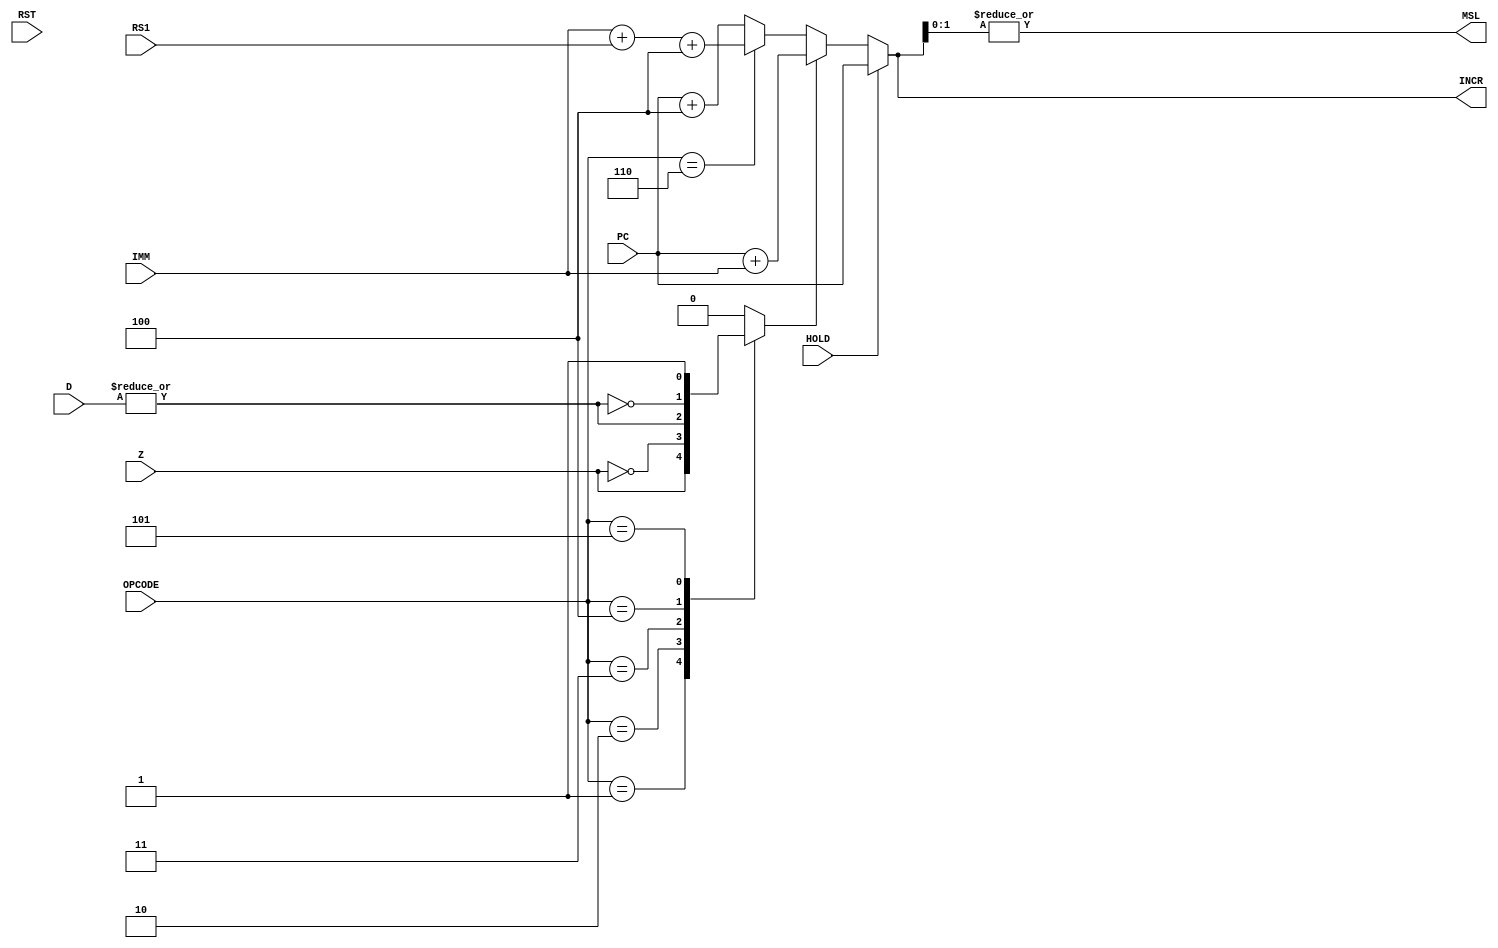
`timescale 1ns / 1ps

module BranchLogic(IMM,RS1,PC,HOLD,D,Z,RST,OPCODE,INCR,MSL);
	
	parameter ZER = 1;
	parameter NZR = 2;
	parameter DAT = 3;
	parameter NDT = 4;
	parameter JLI = 5;
	parameter JLR = 6;
	
	input [31:0] IMM, PC, D, RS1;
   input [2:0] OPCODE;
   input Z, RST, HOLD;
   output reg [31:0] INCR;
	output MSL; // Address misaligned
	reg ADD_IMMEDIATE;
	wire DATA_NULL, ADD_REGISTER;
		
	/*
		Unconditional jumps: separate opcode.
		To create branch instructions using this and the ALU:
		1. BEQ - SUB A,B, x0; Take zero flag output;
		2. BNE - SUB A,B, x0; Invert zero flag output;
		3. BLT - SLT A,B, x0; Reduce ALU output;
		4. BLTU- SLU A,B, x0; Reduce ALU output;
		5. BGE - SLT A,B, x0; Invert reduced ALU output;
		6. BGEU- SLU A,B, x0; Invert reduced ALU output
		For the others, flip A,B registers.
	*/
	
	assign DATA_NULL = |D;
	assign ADD_REGISTER = (OPCODE == JLR);
	assign MSL = |INCR[1:0]; // See if there's anything under 4 bytes lol
	
	always @(*)
	begin
		case(OPCODE)
			ZER: ADD_IMMEDIATE = Z;
			NZR: ADD_IMMEDIATE = !Z;
			DAT: ADD_IMMEDIATE = DATA_NULL;
			NDT: ADD_IMMEDIATE = !DATA_NULL;
			JLI: ADD_IMMEDIATE = 1'b1;
			JLR: ADD_IMMEDIATE = 1'b0;
			default: ADD_IMMEDIATE = 1'b0;
		endcase
		if (HOLD) begin
			INCR = PC;
		end else if (ADD_IMMEDIATE) begin
			INCR = PC + IMM;
		end else if (ADD_REGISTER) begin
			// Add 4 to compensate for the empty first instruction and make
			// this entirely transparent to any compiler or programmer.
			INCR = IMM + RS1 + 4; // It adds an offset to RS1, not current PC!
		end else begin
			INCR = PC + 4;
		end
	end	
	
endmodule